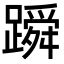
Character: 𬧓